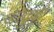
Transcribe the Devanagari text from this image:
अरैकुडी